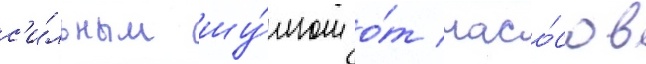
с'и́льным шу́мом о́т насо́сов